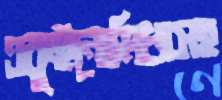
একুইনোমিধাসহ